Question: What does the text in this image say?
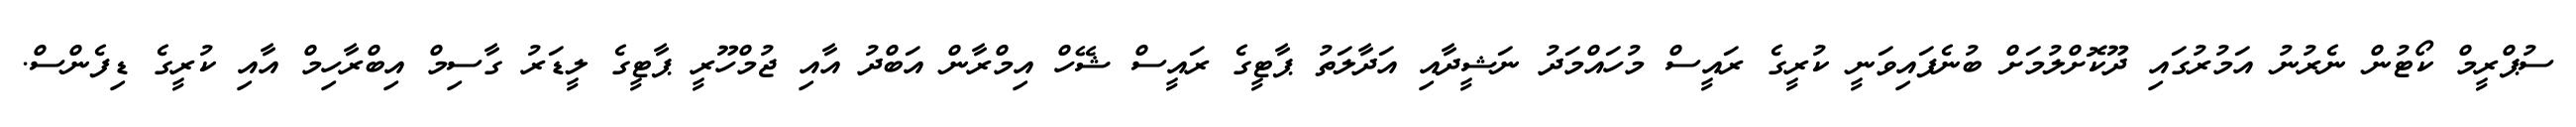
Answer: ސުޕްރީމް ކޯޓުން ނެރުނު އަމުރުގައި ދޫކޮށްލުމަށް ބުނެފައިވަނީ ކުރީގެ ރައީސް މުހައްމަދު ނަޝީދާއި އަދާލަތު ޕާޓީގެ ރައީސް ޝޭހް އިމްރާން އަބްދު އާއި ޖުމްހޫރީ ޕާޓީގެ ލީޑަރު ގާސިމް އިބްރާހިމް އާއި ކުރީގެ ޑިފެންސް.